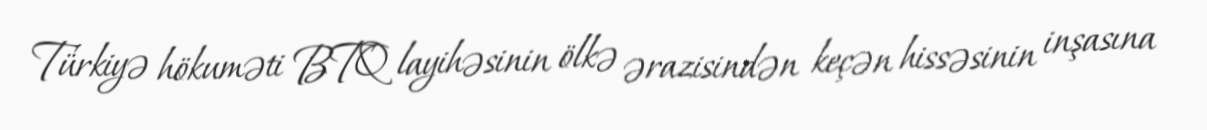
Türkiyə hökuməti BTQ layihəsinin ölkə ərazisindən keçən hissəsinin inşasına